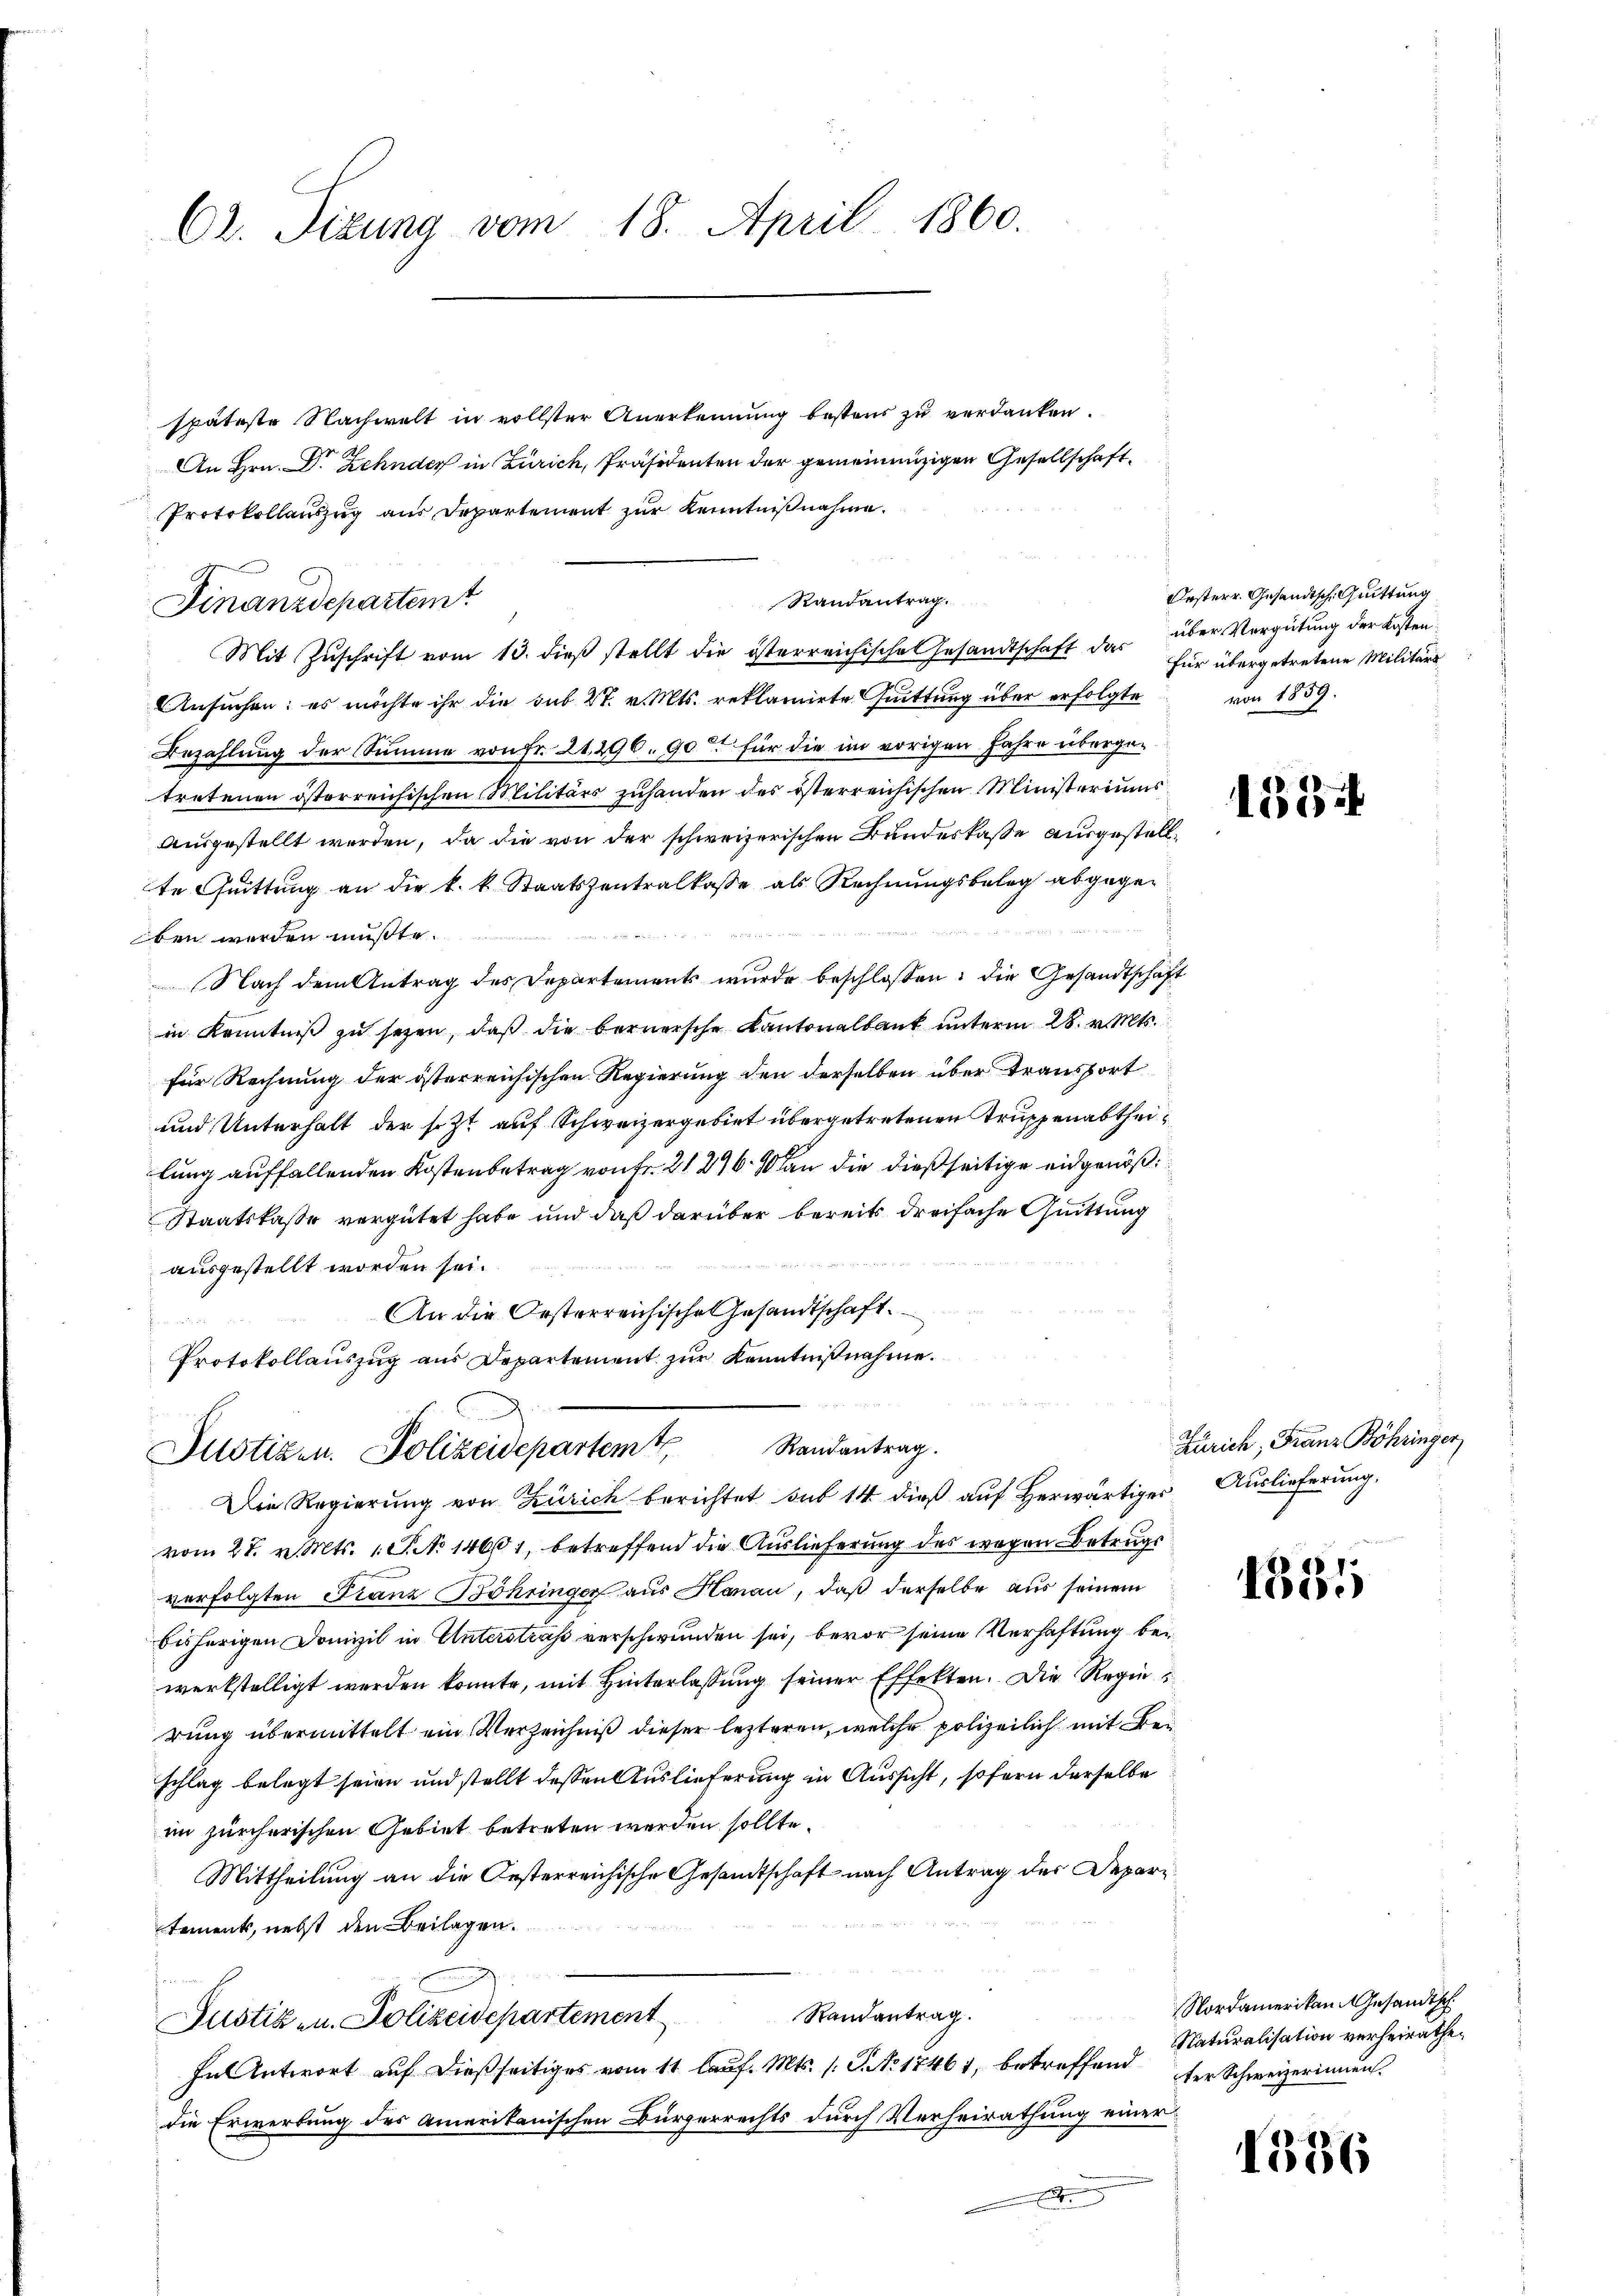
C2. Tizung vom 18. April 1860.

Finanzdepartemt

Randantrag.
Justizen Polizeidepartent
Die Regierung von Zürich berichtet sub 14 dieß auf herwärtiger Auslieferung,

späteste Nachwelt in vollster Anerkennung bestens zu verdanken.
An Hrn. Dr Zehnder in Zürich, Präsidenten der gemeinenzigen Gesellschaft¬
Protokollauszug aus Departement zur Kenntnißnahme.
Mit Zuschrift vom 13. dieß stellt die österreichische Gesandtschaft das
Ansuchen: es möchte ihr die sub 27. v. Mts. reklamirte Quittung über erfolgte
Bezahlung der Summe von Fr. 21296. 90 für die im vorigen Jahre übergetretenen österreichischen Militärs zuhanden des österreichischen Ministeriums
ausgestellt werden, da die von der schweizerischen Bundeskasse ausgestellte Quittung an die k. k. Staatszentralkasse als Rechnungsbeleg abgegen
ben werden müßte.
Nach dem Antrag des Departements wurde beschloßen: die Gesandtschaft
in Kenntniß zu sezen, daß die bernersche Kantonalbaut unterm 28. v. Mts.
für Rechnung der österreichischen Regierung den derselben über Transport
und Unterhalt der sezt auf Schweizergebiet übergetretenen Truppenabtheilung auffallenden Kostenbetrag von Fr. 21296. 80 an die dießseitige eidgenöß
Staatskaße vergütet habe und daß darüber bereits dreifache Quittung
ausgestellt worden sei.
An die Oesterreichische Gesandtschaft

Protokollauszug aus Departement zur Kenntnißnahme.

vom 27. v. Mts. 1. P. No 14601, betreffend die Auslieferung des wegen Betrugs
verfolgten Franz Bohringer aus Hanau, daß derselbe aus seinem
bisherigen Domizil in Unterstraße verschwunden sei, bevor seine Verhaftung bewerkstelligt werden konnte, mit Hinterlassung seiner Effekten. Die Regie
rung übermittelt ein Verzeichniß dieser lezteren, welche polizeilich mit Beschlag belegt seien und stellt dessen Auslieferung in Aussicht, sofern derselbe
im zürcherischen Gebiet betreten werden sollte.
Mittheilung an die Oesterreichische Gesandtschaft nach Antrag des Departements, nebst den Beilagen.
¬
Randantrag.
Justiz- u. Polizeidepartement
Fantwort auf dießseitiges vom 11. lauf. Mts. (T. No 17461, betreffend der Schweizerinnen.
die Erwerbung des Amerikanischen Bürgerrechts durch Verheirathung einer

Randantrag.

Oesterr. Gesandtsch, Quittung
über Vergütung der Kosten:
für übergetretene Militärs
von 1859.

53

Zürich, Franz Böhringer

1355

Nordamerikan Gesandtsch
Naturalisation verheirathe,

1336